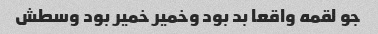
جو لقمه واقعا بد بود وخمیر خمیر بود وسطش